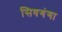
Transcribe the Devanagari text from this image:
सिवगंगा